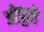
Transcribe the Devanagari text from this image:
ओपुवो